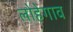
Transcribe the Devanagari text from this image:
लोहेगाव